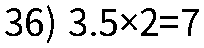
36) 3.5×2=7